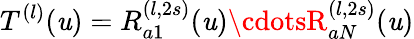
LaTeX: T^{(l)}(\mathit{u})=R_{a1}^{(l,2s)}(\mathit{u})\cdotsR_{aN}^{(l,2s)}(\mathit{u})